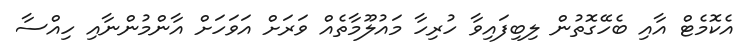
އެކޮމެޓް އާއި ބެހޭގޮތުން ލިބިފައިވާ ހުރިހާ މައުލޫމާތެއް ވަރަށް އަވަހަށް އާންމުންނާއި ހިއްސާ